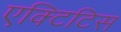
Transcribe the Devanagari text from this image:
एक्टिटिस